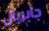
جابريال